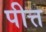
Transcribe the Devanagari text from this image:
पीत्त